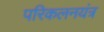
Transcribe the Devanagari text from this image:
परिकलनयंत्र